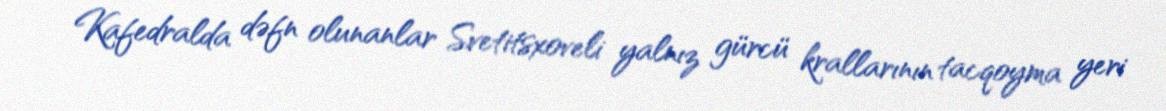
Kafedralda dəfn olunanlar Svetitsxoveli yalnız gürcü krallarının tacqoyma yeri